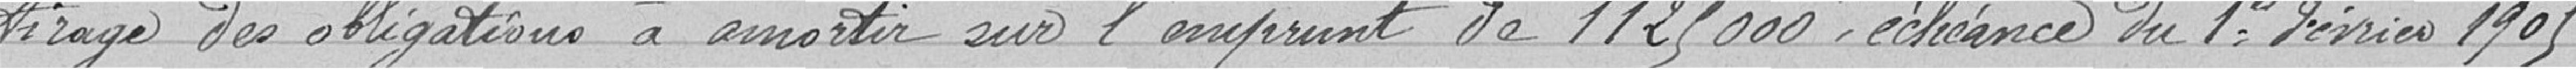
tirage des obligations à amortir sur l'emprunt de 1 125 000 francs, échéance du 1er Février 1905